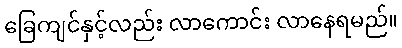
ခြေကျင်နှင့်လည်း လာကောင်း လာနေရမည်။